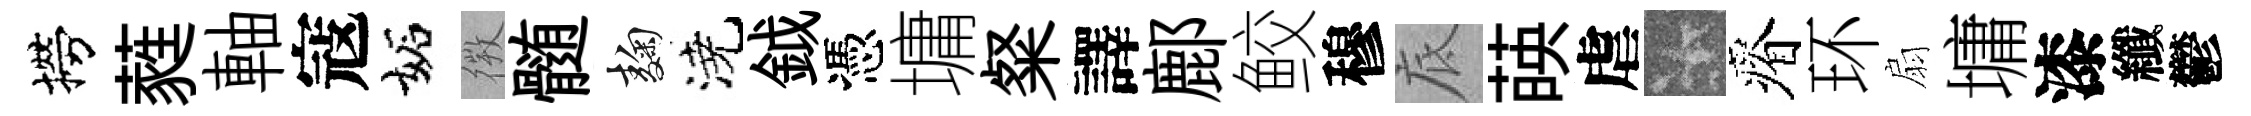
撈蕤軸寇妬𢕄髄麹澆鉞憑墉粲譯鄜鲛穆底𦴤虐卡瘠环扇墉漆纖鬱